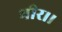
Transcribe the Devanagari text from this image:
भीर।।